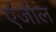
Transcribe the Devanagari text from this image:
एंजील